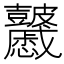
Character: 𥀽